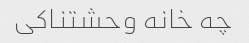
چه خانه وحشتناکی